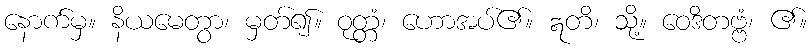
နောက်မှ။ နိယမေတွာ၊ မှတ်၍။ ဝုတ္တံ၊ ဟောအပ်၏။ ဣတိ၊ သို့။ ဝေဒိတဗ္ဗံ၊ ၏။